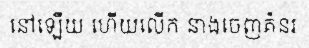
នៅឡើយ ហើយលើក នាងចេញគំនរ